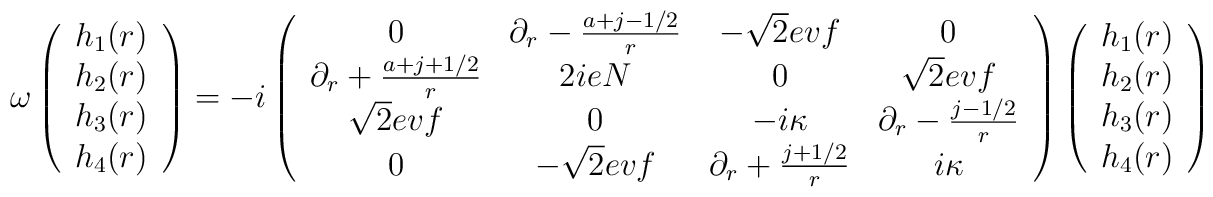
\omega \left( \begin{array}{c}h_1(r)\\ h_2(r)\\ h_3(r)\\ h_4(r)\\  \end{array} \right)= -i \left( \begin{array}{cccc}0 &\partial_r-{a+j-1/2\over r} & -\sqrt{2}ev f &0 \\\partial_r+{a+j+1/2\over r} &2ieN&0&\sqrt{2}evf\\\sqrt{2}evf &0&-i\kappa& \partial_r-{j-1/2\over r} \\0&-\sqrt{2}ev f &\partial_r+{j+1/2\over r} &i\kappa\end{array} \right)\left( \begin{array}{c}h_1(r)\\ h_2(r)\\ h_3(r)\\ h_4(r)\\  \end{array} \right)